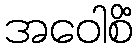
အဝေါစိံ